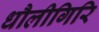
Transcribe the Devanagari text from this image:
धौलीगिरि